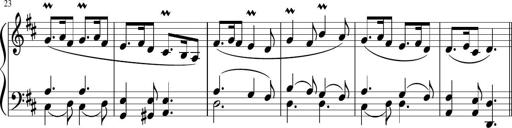
Title: 12 Keyboard Sonatinas
Composer: James Hook